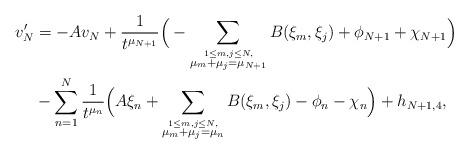
LaTeX: \begin{align*}v_N'&=-Av_N +\frac1{t^{\mu_{N+1}}}\Big(- \sum_{\stackrel{1\le m,j\le N,}{\mu_m+\mu_j=\mu_{N+1}}}B(\xi_m,\xi_j)+\phi_{N+1}+\chi_{N+1}\Big)\\&- \sum_{n=1}^N \frac1{t^{\mu_n}}\Big( A\xi_n+\sum_{\stackrel{1\le m,j\le N,}{\mu_m+\mu_j=\mu_n}}B(\xi_m,\xi_j)-\phi_n - \chi_n\Big)+h_{N+1,4},\end{align*}